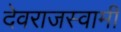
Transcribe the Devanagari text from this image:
देवराजस्वामी